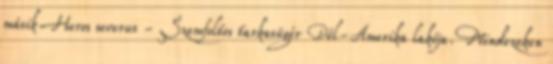
másik Heros severus - Szemfoltos tarkasügér Dél-Amerika lakója. Mindezeken